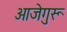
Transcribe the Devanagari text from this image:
आजेगुरू